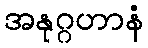
အနုဂ္ဂဟာနံ